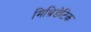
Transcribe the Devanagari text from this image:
मिथ्रिडेटिक